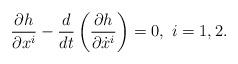
LaTeX: \begin{align*}\frac{\partial h}{\partial x^i}- \frac{d}{dt}\left(\frac{\partial h}{\partial \dot{x}^i} \right) =0, ~ i=1,2.\end{align*}